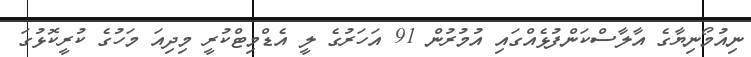
ނިއުމޯނިޔާގެ އާލާސްކަންފުޅެއްގައި އުމުރުން 91 އަހަރުގެ ލީ އެޑްމިޓްކުރީ މިދިއަ މަހުގެ ކުރީކޮޅުގަ